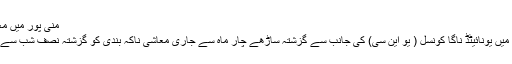
منی پور میں معاشی ناکہ بندی ختم
دریں اثناء منی پور میں یونائیٹڈ ناگا کونسل ( یو این سی) کی جانب سے گزشتہ ساڑھے چار ماہ سے جاری معاشی ناکہ بندی کو گزشتہ نصف شب سے ختم کردیا گیا ہے ۔